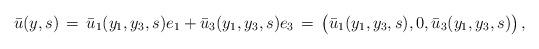
LaTeX: \begin{align*} \bar u(y,s) \,=\, \bar u_1(y_1,y_3,s) e_1 + \bar u_3(y_1,y_3,s) e_3 \,=\, \bigl(\bar u_1(y_1,y_3,s),0,\bar u_3(y_1,y_3,s)\bigr)\,,\end{align*}